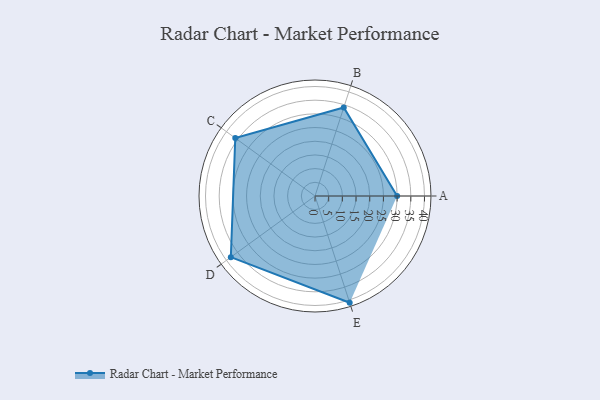
{"axis": {"x": "Skill", "y": "Score"}, "legend": ["Profile"], "data": [{"x": "A", "y": 30.0, "type": "Profile"}, {"x": "B", "y": 34.0, "type": "Profile"}, {"x": "C", "y": 36.0, "type": "Profile"}, {"x": "D", "y": 38.0, "type": "Profile"}, {"x": "E", "y": 41.0, "type": "Profile"}]}